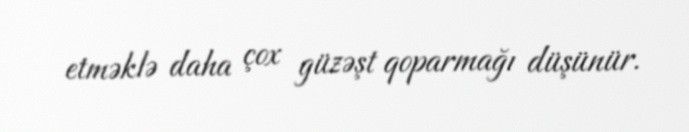
etməklə daha çox güzəşt qoparmağı düşünür.